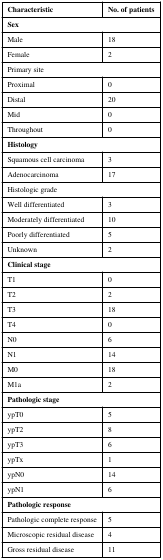
| Characteristic | No. of patients |
 | --- | --- |
 | <COLSPAN=2> Sex |
 | Male | 18 |
 | Female | 2 |
 | <COLSPAN=2> Primary site |
 | Proximal | 0 |
 | Distal | 20 |
 | Mid | 0 |
 | Throughout | 0 |
 | <COLSPAN=2> Histology |
 | Squamous cell carcinoma | 3 |
 | Adenocarcinoma | 17 |
 | <COLSPAN=2> Histologic grade |
 | Well differentiated | 3 |
 | Moderately differentiated | 10 |
 | Poorly differentiated | 5 |
 | Unknown | 2 |
 | <COLSPAN=2> Clinical stage |
 | T1 | 0 |
 | T2 | 2 |
 | T3 | 18 |
 | T4 | 0 |
 | N0 | 6 |
 | N1 | 14 |
 | M0 | 18 |
 | M1a | 2 |
 | <COLSPAN=2> Pathologic stage |
 | ypT0 | 5 |
 | ypT2 | 8 |
 | ypT3 | 6 |
 | ypTx | 1 |
 | ypN0 | 14 |
 | ypN1 | 6 |
 | <COLSPAN=2> Pathologic response |
 | Pathologic complete response | 5 |
 | Microscopic residual disease | 4 |
 | Gross residual disease | 11 |